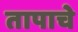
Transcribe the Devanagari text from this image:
तापाचे